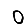
Digit: 0